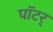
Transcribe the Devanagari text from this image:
पॉटर्